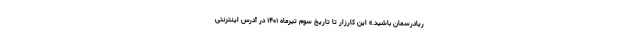
ریادرسمان باشید.» این کارزار تا تاریخ سوم تیرماه ۱۴۰۱ در آدرس اینترنتی